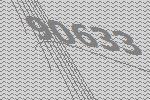
90633